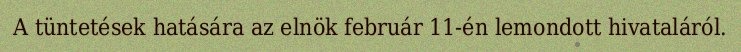
A tüntetések hatására az elnök február 11-én lemondott hivataláról.